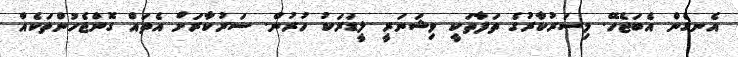
އެނގެން އެބަޖެހޭ. މިސަރުކާރުގެ ތަފާތަކީ ވިޝަނަރީ ލީޑަރަކު ހުރުން. ސަރުކާރަށް އެތައް ގޮންޖެހުންތަކެއް